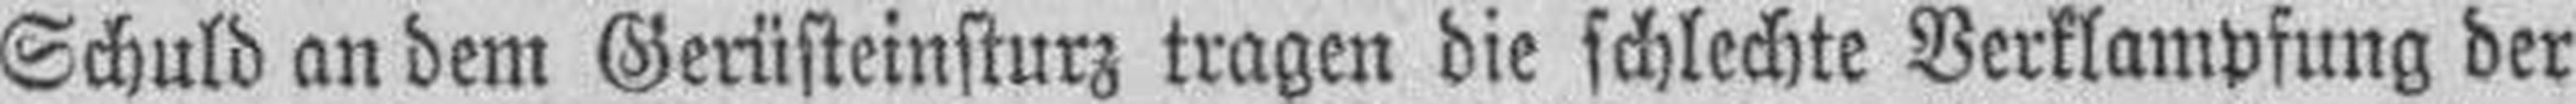
Schuld an dem Gerüsteinsturz tragen die schlechte Verklampfung der